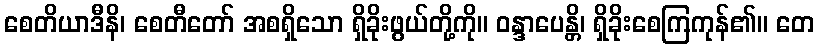
စေတိယာဒီနိ၊ စေတီတော် အစရှိသော ရှိခိုးဖွယ်တို့ကို။ ဝန္ဒာပေန္တိ၊ ရှိခိုးစေကြကုန်၏။ တေ